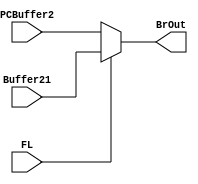
module ConditionalBranch(
    input [15:0]     PCBuffer2,  //PC+1 value 
    input [15:0]     Buffer21,   //Branch Address
    input           FL,         //Flag Register module input of that particular Flag
    output [15:0]    BrOut       //Branch output to PC
    );
assign BrOut = (FL)?Buffer21:PCBuffer2;
endmodule